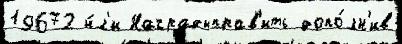
19672 и́л'и Наградыправ'ить допо́лн'ив